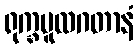
ရုက္ခမူလဂတာနံ